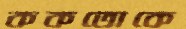
ককতোকে